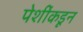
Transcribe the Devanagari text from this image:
पेशींकडून